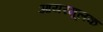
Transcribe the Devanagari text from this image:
आयरमूलक